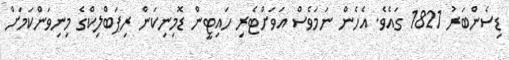
ޑިސެންބަރު 1821 ގައެވެ. އެހެން ނަމަވެސް އަވަށްޓެރި ހައިޓީން ޑޮމިނިކަން ރިޕަބްލިކްގެ މިނިވަންކަމަށް